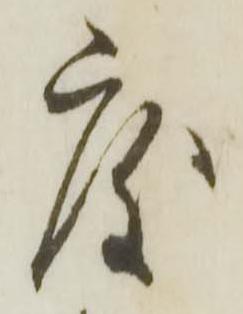
度